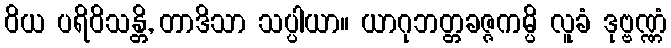
ဝိယ ပရိဝိသန္တိ, တာဒိသာ သပ္ပါယာ။ ယာဂုဘတ္တခဇ္ဇကမ္ပိ လူခံ ဒုဗ္ဗဏ္ဏံ